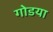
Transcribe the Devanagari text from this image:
गोडया